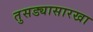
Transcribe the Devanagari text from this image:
तुसड्यासारखा